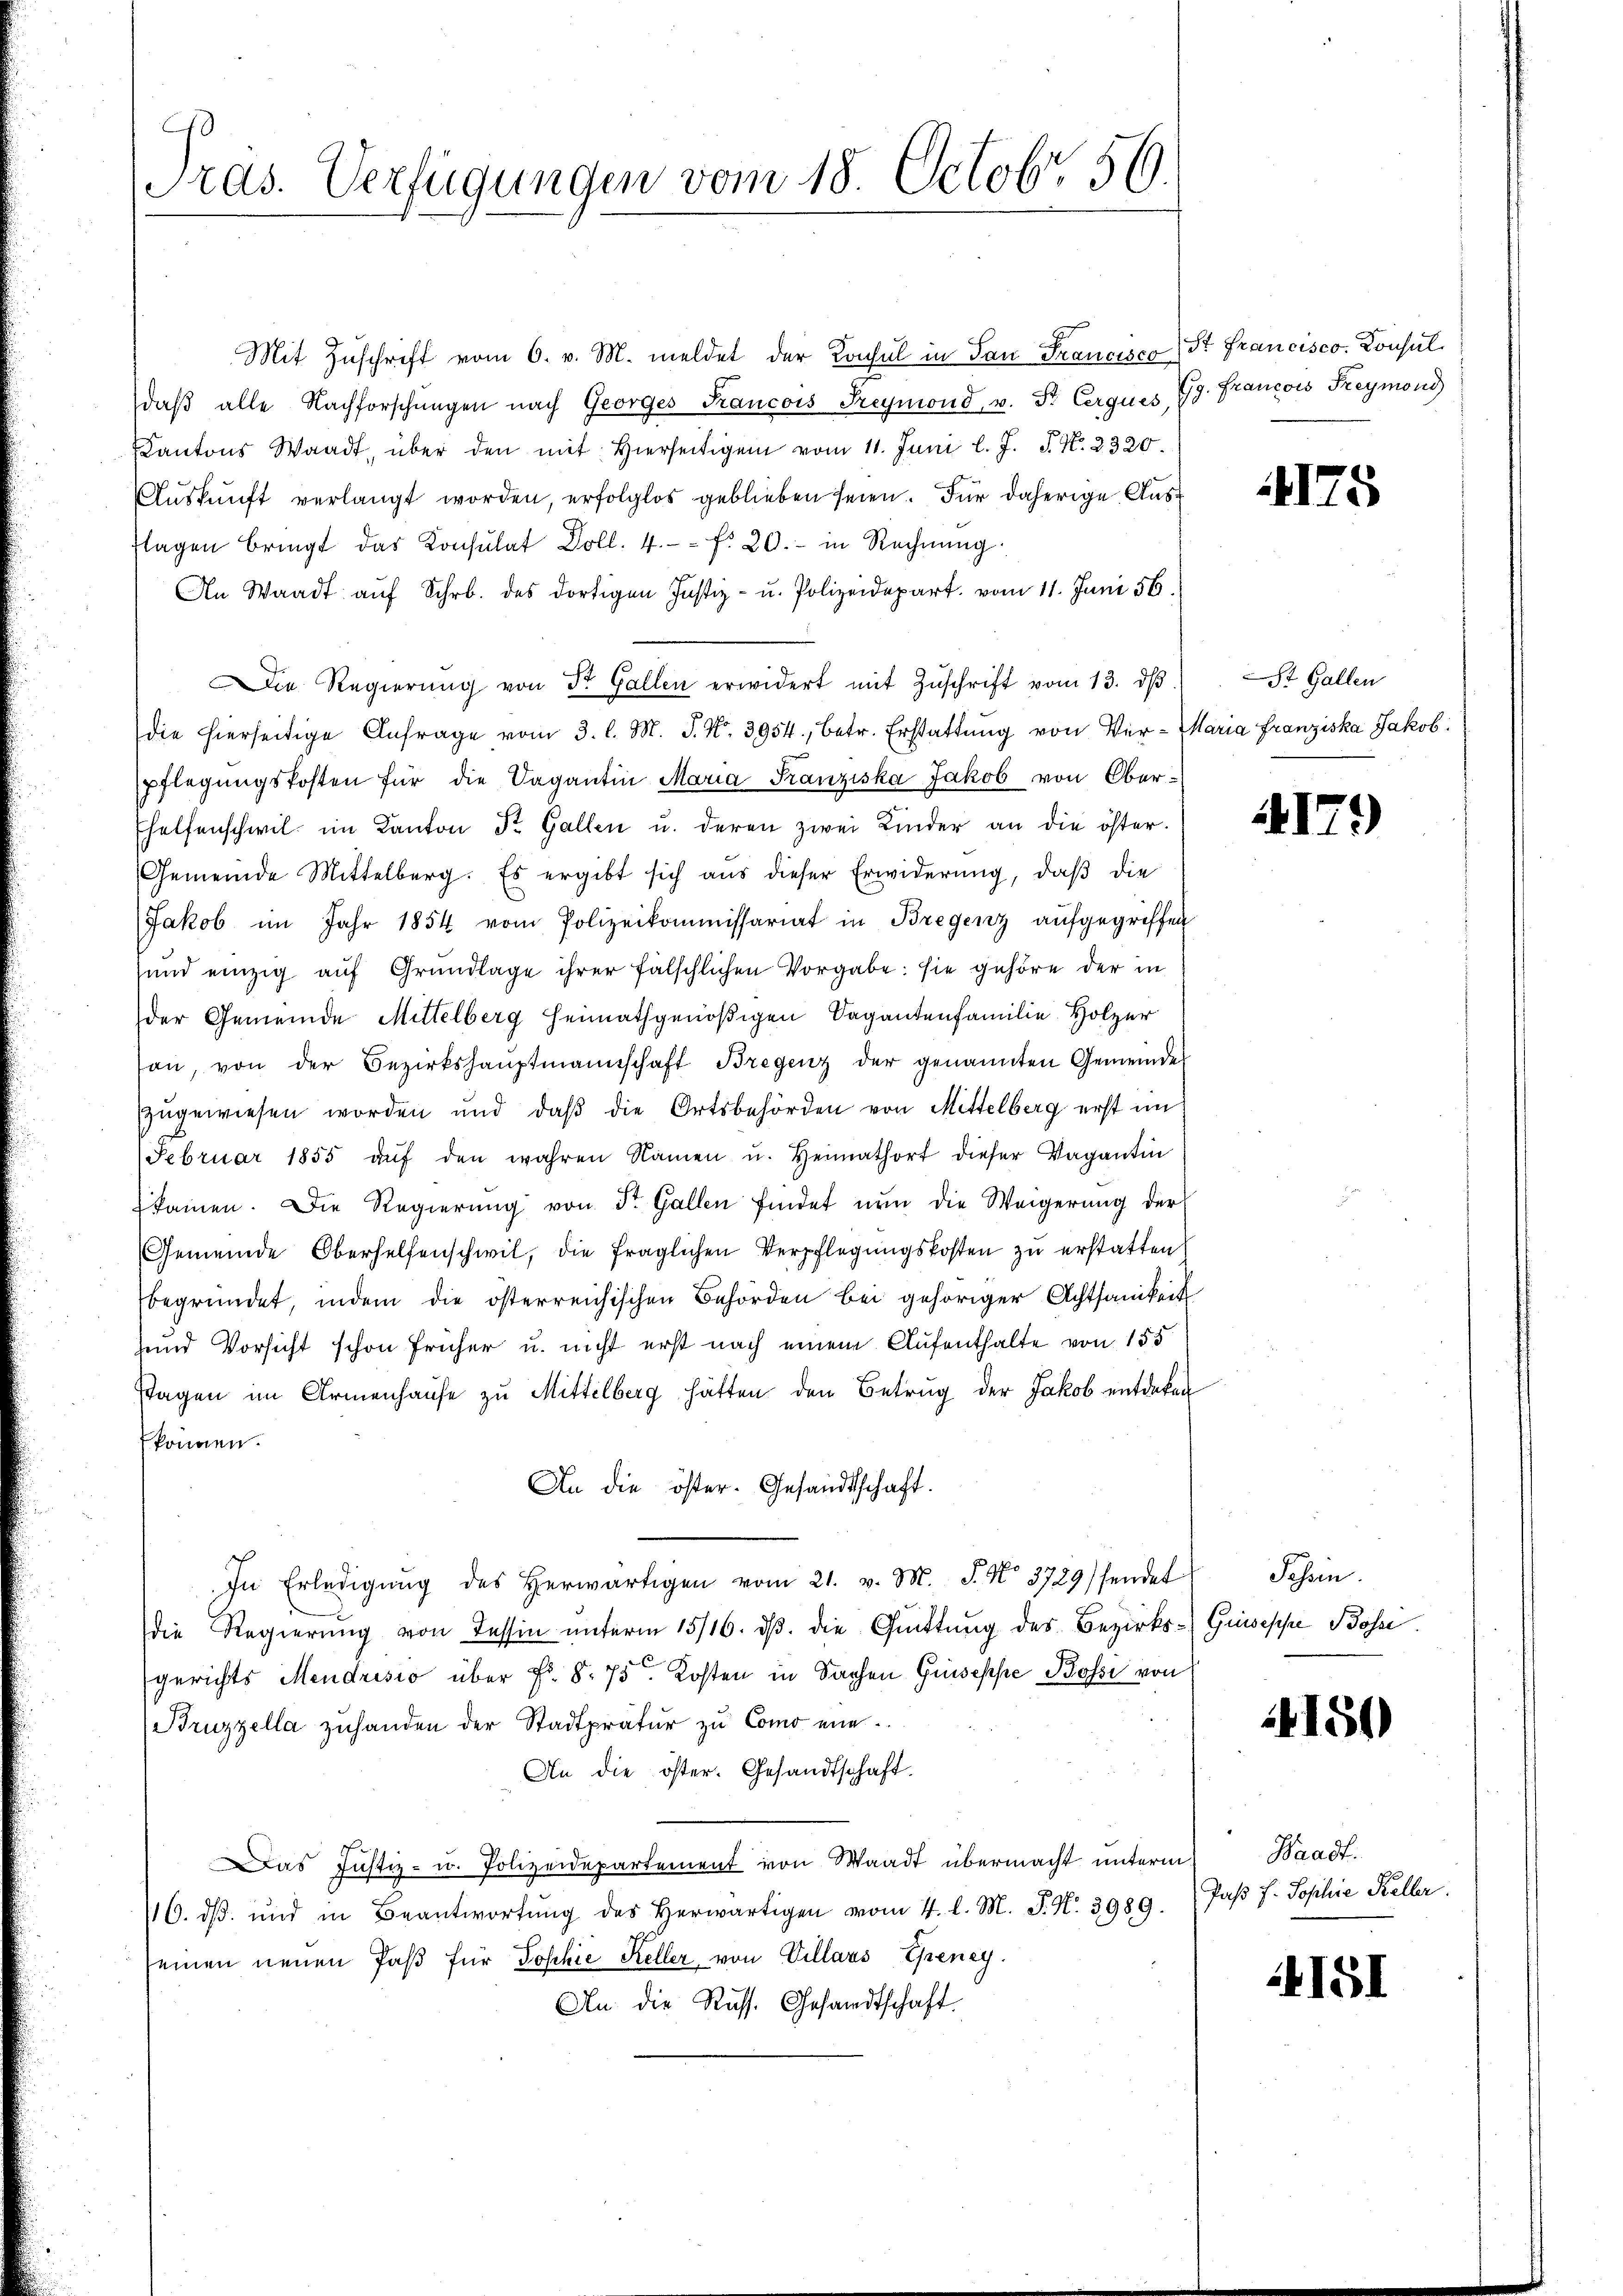
ras. Verfügungen vom 18. Octobr. 56.

Mit Zuschrift vom 6. v. M. meldet der Konsul in San Francisco St. Francisco. Konsul
daβ alle Nachforschungen nach Georges Kancois Freymond, v. Fr. Cerques
Kantons Waadt, über den mit Hierseitigen vom 11. Juni l. J. J. N. 2320.
Auskunft verlangt worden, erfolglos geblieben seien. Für daherige Ausflagen bringt das Konsulat Doll. 4. f. 20.- in Rechnŭng
An Waadt aŭf Schr. des dortigen Justiz- u. Polizeidepart. vom 11. Juni 56.
Die Regierŭng von Dr. Gallen erwidert mit Zŭschrift vom 13. dβ.
die hierseitige Anfrage vom 3. l. M. J. N. 3954, betr. Erstattŭng von Ver- Maria Franziska Jakob
pflegŭngskosten für die Vagantin Maria Franziska Jakob von Ober¬
Ehelfenschwil im Kanton St. Gallen u. deren zwei Kinder an die öster.
Gemeinde Mittelberg. Es ergibt sich aus dieser Erwiderung, daß die
Jakob im Jahr 1854 vom Polizeikommissariat in Bregenz aufgegriffen
sund einzig aŭf Grundlage ihrer fälschlichen Vorgabe: sie gehöre der in
der Gemeinde Mittelberg heimathgenößigen Sagantenfamilie Holzer
son, von der Bezirkshauptmannschaft Bregenz der genannten Gemeinde
zugewiesen worden und daβ die Ortsbehörden von Mittelberg erst im
Februar 1855 aŭf den wahren Namen u. Heimathort dieser Vagantin
kamen. Die Regierŭng von St. Gallen findet nun die Weigerung der
Gemeinde Oberhelfenschwil, die fraglichen Verpflegŭngskosten zŭ erstatten.
begründet, indem die österreichischen Behörden bei gehöriger Achtsamkeit
und Vorsicht schon früher u. nicht erst nach einem Aufenthalte von 155
Stagen im Armenhause zu Mittelberg hätten den Betrug der Jakob entdeken
können.
An die öster. Gesandtschaft.
In Erledigŭng des herwärtigen vom 21. v. M. J. No. 3729) sendet
die Regierung von Tessin unterm 15/16. dβ. die Quittung des Bezirks-Guiseppe Böse.
gerichts Mendrisio über Fr. 8. 75. Kosten in Sachen Guseppe Bossi von
Bruzzella zuhanden der Stadtpratur zu Como ein
An die öster. Gesandtschaft.
Das Justiz- u. Polizeidepartement von Waadt übermacht unterm Waadt.
116. ds. und in Beantwortung des Herwärtigen vom 4. l. M. P. N. 3989.
seinen neuen Paß für Sophie Keller von Villaus Ehreney.
An die Russ. Gesandtschaft.

Gg. Francois Freymond

4175

St. Gallen

4179)

Schein

4151)

Pass. f. Sophie Keller.

151